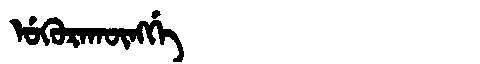
Manchu: ᡠᡴᡠᡵᠠᡴᡡᠩᡤᡝ
Romanization: UKURAKŪNGGE